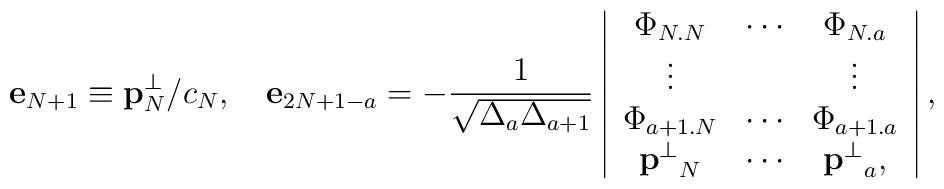
{\bf e}_{N+1}\equiv{\bf p}^\bot_N/c_N,\quad {\bf e}_{2N+1-a}=-{1\over \sqrt{\Delta_{a} \Delta_{a+1}}}\left | \begin{array}{ccc}{\Phi}_{N.N} & \cdots  & {\Phi}_{N.a} \\\vdots    &         & \vdots  \\{\Phi}_{a+1 .N } & \cdots  & {\Phi}_{a+1.a} \\{{\bf p}^\bot}_{N} & \cdots &  {{\bf p}^\bot}_{a},\end{array}\right |,